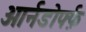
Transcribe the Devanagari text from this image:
ओर्नडोर्फ्फ़